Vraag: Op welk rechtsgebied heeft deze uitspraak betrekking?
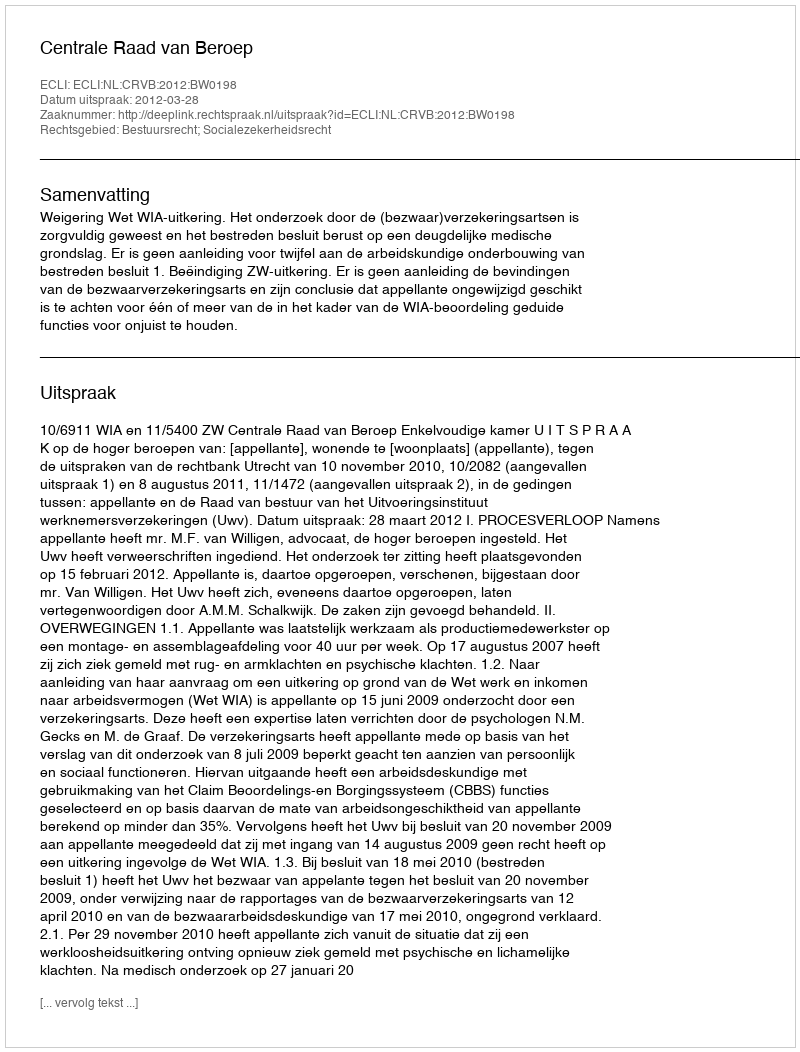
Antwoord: Bestuursrecht; Socialezekerheidsrecht